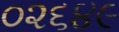
૦૨૬૪૯